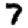
Digit: 7